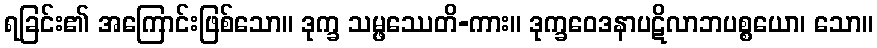
ရခြင်း၏ အကြောင်းဖြစ်သော။ ဒုက္ခ သမ္ဖဿေတိ-ကား။ ဒုက္ခဝေဒနာပဋိလာဘပစ္စယော၊ သော။